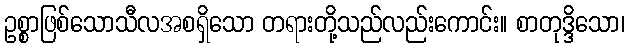
ဥစ္စာဖြစ်သောသီလအစရှိသော တရားတို့သည်လည်းကောင်း။ စာတုဒ္ဒိသော၊